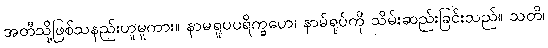
အတီသို့ဖြစ်သနည်းဟူမူကား။ နာမရူပပရိက္ခဟေ၊ နာမ်ရုပ်ကို သိမ်းဆည်းခြင်းသည်။ သတိ၊